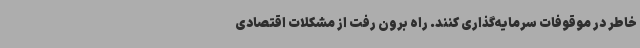
خاطر در موقوفات سرمایه‌گذاری کنند. راه برون رفت از مشکلات اقتصادی